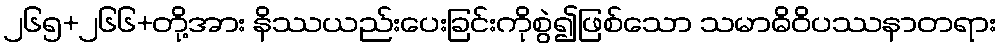
၂၆၅+၂၆၆+တို့အား နိဿယည်းပေးခြင်းကိုစွဲ၍ဖြစ်သော သမာဓိဝိပဿနာတရား